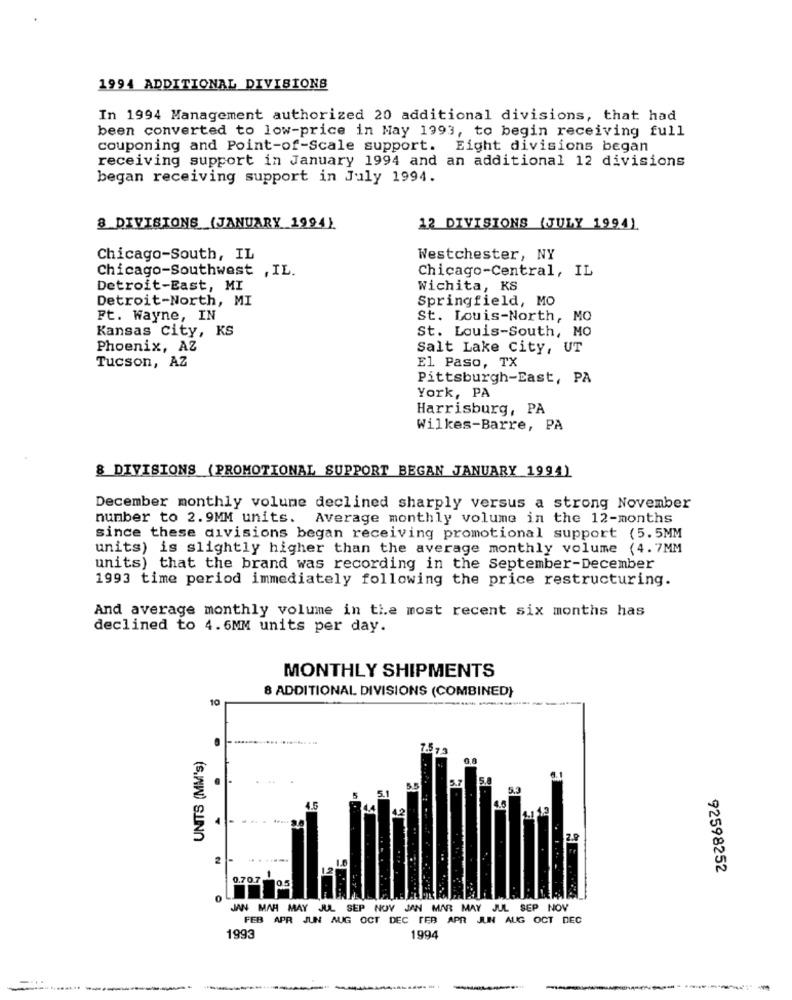
1994 ADDITIONAL DIVISIONS
In 1994 Management authorized 20 additional divisions, that had
been converted to low-price in May 1993, to begin receiving full
couponing and Point-of-Scale support. Eight divisions began
receiving support in January 1994 and an additional 12 divisions
began receiving support in July 1994.
8 DIVISIONS (JANUARY 1994)
12 DIVISIONS (JULY 1994)
Chicago-South, IL
Westchester, NY
Chicago-Southwest , IL.
Chicago-Central, IL
Detroit-East, MI
Wichita, KS
Detroit-North, MI
Springfield, MO
Ft. Wayne, IN
St. Louis-North, MO
Kansas city, KS
St. Louis-South, MO
Phoenix, AZ
Salt Lake city, UT
Tucson, AZ
El Paso, TX
Pittsburgh-East, PA
York, PA
Harrisburg, PA
Wilkes-Barre, PA
& DIVISIONS (PROMOTIONAL SUPPORT BEGAN JANUARY 1994)
December monthly volume declined sharply versus a strong November
number to 2.9MM units. Average monthly volume in the 12-months
since these divisions began receiving promotional support (5.5MM
units) is slightly higher than the average monthly volume (4.7MM
units) that the brand was recording in the September-December
1993 time period immediately following the price restructuring.
And average monthly volume in the most recent six months has
declined to 4.6MM units per day.
MONTHLY SHIPMENTS
8 ADDITIONAL DIVISIONS (COMBINED}
10
UNITS (MM's)
1.513
.
55
2
1.6
92598252
0.70.7
1
0.5
JAN MAR MAY JUL SEP NOV JAN MAR MAY JUL SEP NOV
FEB APR JUN AUG OCT DEC TER APR JUN AUG OCT DEC
1993
1994
------
------------